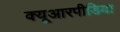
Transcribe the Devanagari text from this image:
क्यूआरपीडिया